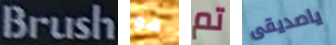
Brush هو تم ياصديقى